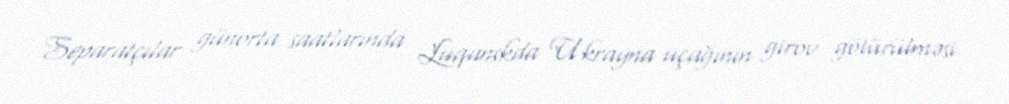
Separatçılar günorta saatlarında Luqanskda Ukrayna uçağının girov götürülməsi